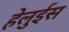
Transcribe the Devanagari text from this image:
हेलुईस